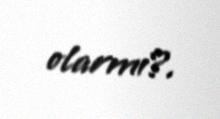
olarmı?.